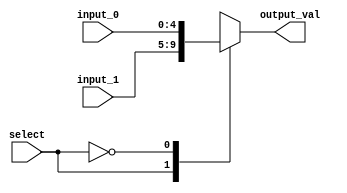
module General_MUX
	#( parameter WIDTH = 5)
	(
	input wire [WIDTH-1:0] input_0,	//input 0, instruction[20-16]
	input wire [WIDTH-1:0] input_1,	//input 1, instruction[15-11]
	input wire select,
	output reg [WIDTH-1:0] output_val
);
always @ (select) begin
	case (select)
		1 : output_val <= input_1;	//True means R-type instruction, so select input 1
		0 : output_val <= input_0;	//False means LD/ST or branch, so select input 0
		default : output_val <= input_1;	//Default assumes input 1
	endcase
	
end 
	
endmodule